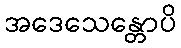
အဒေသေန္တောပိ